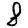
Digit: 8